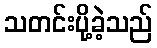
သတင်းပို့ခဲ့သည်